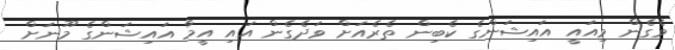
ވެގެން މިއައީ އައިޝަންގެ ކެބިން ތެރެއަށް ވަދެގެން އައި އީމާ އައިޝަންގެ މޫނަށް